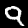
Digit: 9